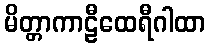
မိတ္တာကာဠီထေရီဂါထာ